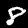
Label: 8